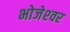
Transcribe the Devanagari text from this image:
भोजेश्‍वर